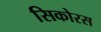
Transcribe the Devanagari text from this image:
सिकोरस